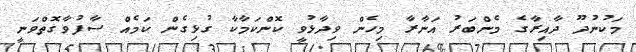
މަކުނުދޫ ދާއިރާގެ މެންބަރު އަނާރާ މިހެން ވިދާޅުވީ ކޮންކަމާކާ ގުޅިގެން ކަމެއް ސާފުވާގޮތްވަނީ